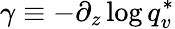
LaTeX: \gamma\equiv-\partial_{z}\log{q_{v}^{*}}